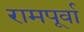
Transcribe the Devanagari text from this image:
रामपूर्वा